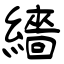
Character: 繬